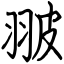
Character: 翍